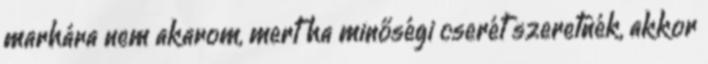
marhára nem akarom, mert ha minőségi cserét szeretnék, akkor